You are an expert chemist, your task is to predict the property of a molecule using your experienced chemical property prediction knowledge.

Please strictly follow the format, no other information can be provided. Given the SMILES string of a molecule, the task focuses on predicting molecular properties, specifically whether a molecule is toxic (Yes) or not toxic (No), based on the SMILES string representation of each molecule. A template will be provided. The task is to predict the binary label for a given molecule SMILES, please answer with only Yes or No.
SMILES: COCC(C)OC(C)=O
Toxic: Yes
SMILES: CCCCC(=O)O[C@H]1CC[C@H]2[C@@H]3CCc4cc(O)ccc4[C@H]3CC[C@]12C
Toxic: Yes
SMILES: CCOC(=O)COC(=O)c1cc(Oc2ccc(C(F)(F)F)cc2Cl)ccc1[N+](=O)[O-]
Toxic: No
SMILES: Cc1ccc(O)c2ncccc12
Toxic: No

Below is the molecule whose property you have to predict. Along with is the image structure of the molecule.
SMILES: CC(=O)Nc1ccccc1O
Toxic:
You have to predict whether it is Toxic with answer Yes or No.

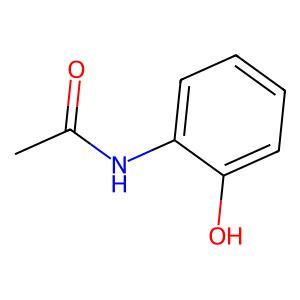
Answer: No